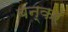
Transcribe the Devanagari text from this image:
बन्कर